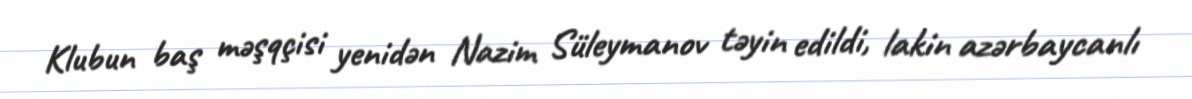
Klubun baş məşqçisi yenidən Nazim Süleymanov təyin edildi, lakin azərbaycanlı